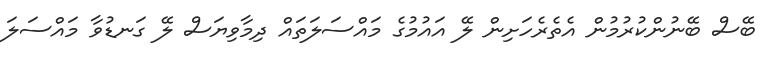
ބޭސް ބޭނުންކުރުމުން އެތެރެހަށިން ލޭ އައުމުގެ މައްސަލަތައް ދިމާވިޔަސް ލޭ ގަނޑުވާ މައްސަލަ